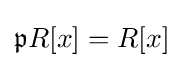
{\mathfrak {p}}R[x]=R[x]